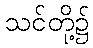
သင်တို့၌